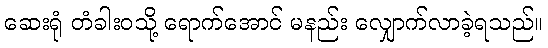
ဆေးရုံ တံခါးဝသို့ ရောက်အောင် မနည်း လျှောက်လာခဲ့ရသည်။